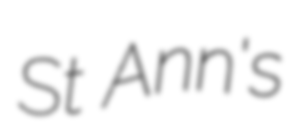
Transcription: St Ann's